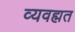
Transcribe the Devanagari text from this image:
व्यवह्मत